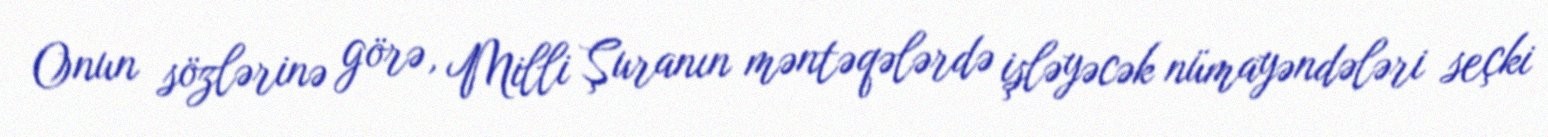
Onun sözlərinə görə, Milli Şuranın məntəqələrdə işləyəcək nümayəndələri seçki